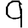
Digit: 9